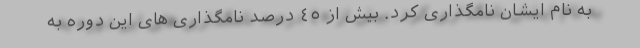
به نام ایشان نامگذارى کرد. بیش از ٤٥ درصد نامگذاری هاى این دوره به